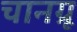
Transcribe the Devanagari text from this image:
चानग्रू